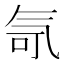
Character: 𪵤